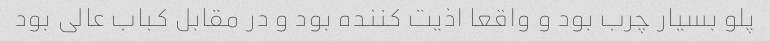
پلو بسیار چرب بود و واقعا اذیت کننده بود و در مقابل کباب عالی بود